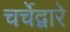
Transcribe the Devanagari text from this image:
चर्चेद्वारे